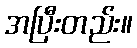
အပြီးတည်း။